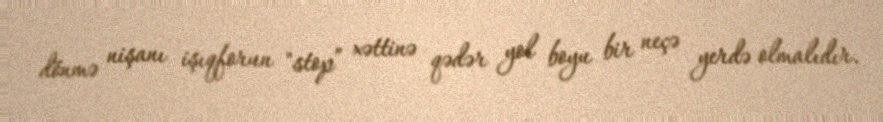
dönmə nişanı işıqforun "stop” xəttinə qədər yol boyu bir neçə yerdə olmalıdır.